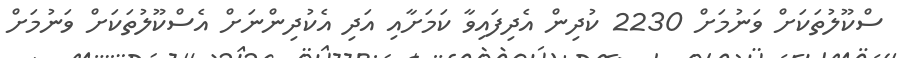
ސްކޫލުތަކަށް ވަނުމަށް 2230 ކުދިން އެދިފައިވާ ކަމަށާއި އަދި އެކުދިންނަށް އެސްކޫލުތަކަށް ވަނުމަށް